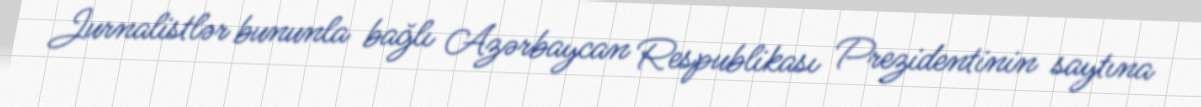
Jurnalistlər bununla bağlı Azərbaycan Respublikası Prezidentinin saytına